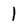
Character: I